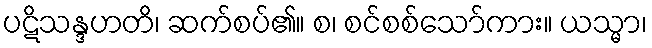
ပဋိသန္ဒဟတိ၊ ဆက်စပ်၏။ စ၊ စင်စစ်သော်ကား။ ယသ္မာ၊